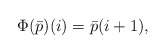
\begin{align*}\Phi(\bar p) (i) = \bar p( i +1),\end{align*}